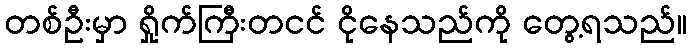
တစ်ဦးမှာ ရှိုက်ကြီးတငင် ငိုနေသည်ကို တွေ့ရသည်။